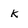
Character: k